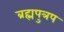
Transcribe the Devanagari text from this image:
ब्रह्मपुत्रप